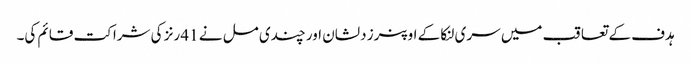
ہدف کے تعاقب میں سری لنکا کے اوپنرز دلشان اور چندی مل نے 41 رنز کی شراکت قائم کی۔